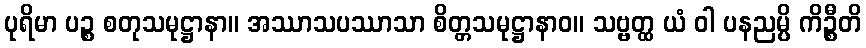
ပုရိမာ ပဉ္စ စတုသမုဋ္ဌာနာ။ အဿာသပဿာသာ စိတ္တသမုဋ္ဌာနာဝ။ သဗ္ဗတ္ထ ယံ ဝါ ပနညမ္ပိ ကိဉ္စီတိ